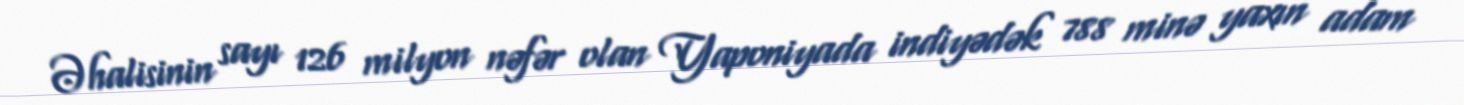
Əhalisinin sayı 126 milyon nəfər olan Yaponiyada indiyədək 788 minə yaxın adam